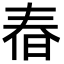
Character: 㫪